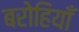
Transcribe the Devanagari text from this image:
बरोहियाँ